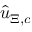
\widehat { \boldsymbol { u } } _ { \Xi , c }